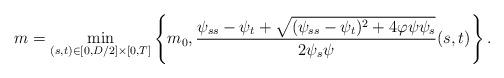
LaTeX: \begin{align*}m=\min_{(s,t)\in [0,D/2]\times [0,T]}\left\{m_0,\frac{\psi_{ss}-\psi_t+\sqrt{(\psi_{ss}-\psi_t)^2+4\varphi\psi\psi_s}}{2\psi_s\psi}(s,t)\right\}.\end{align*}